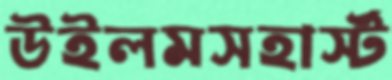
উইলমসহার্স্ট